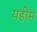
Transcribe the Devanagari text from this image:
यहीम